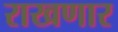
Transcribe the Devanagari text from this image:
राखणार